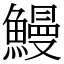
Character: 鰻